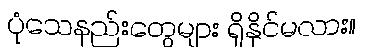
ပုံသေနည်းတွေများ ရှိနိုင်မလား။